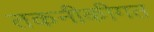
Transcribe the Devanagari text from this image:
तकनीकीगत